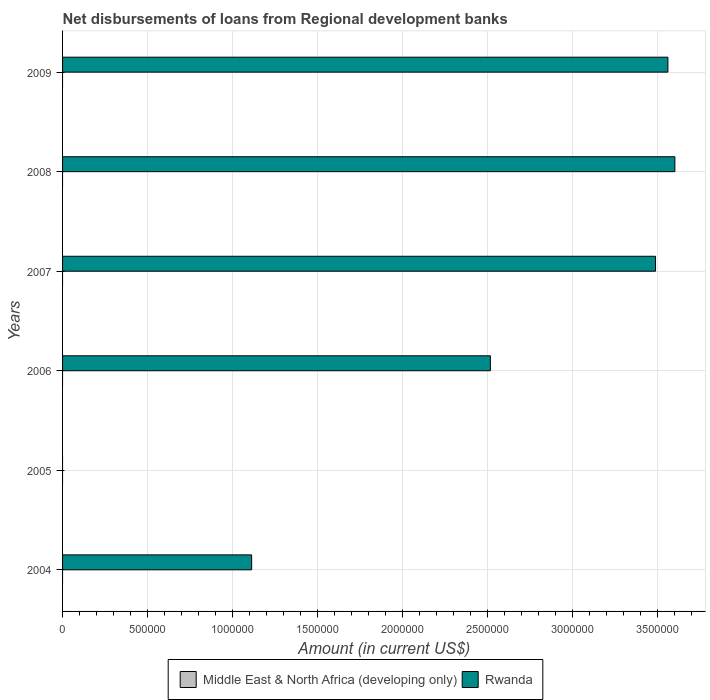
| Years | Middle East & North Africa (developing only) | Rwanda |
 | --- | --- | --- |
 | 2004 | -3.14e+07 | 1.11e+06 |
 | 2005 | -4.51e+07 | -2.00e+06 |
 | 2006 | -4.87e+07 | 2.52e+06 |
 | 2007 | -7.59e+07 | 3.49e+06 |
 | 2008 | -5.98e+07 | 3.6e+06 |
 | 2009 | -4.29e+07 | 3.56e+06 |